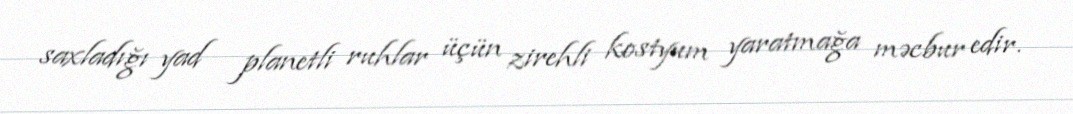
saxladığı yad planetli ruhlar üçün zirehli kostyum yaratmağa məcbur edir.